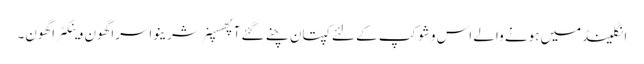
انگلینڈمیں ہونے والے اس وشوکپ کے لئے کپتان چنے گئے آپھسپنر شرینواسراگھون وینکٹراگھون۔